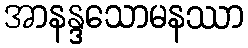
အာနန္ဒသောမနဿာ